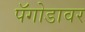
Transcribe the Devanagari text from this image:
पॅगोडावर